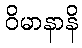
ဝိမာနာနိ